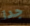
جدا